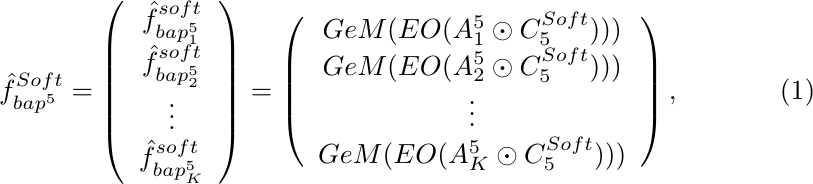
\begin{equation}
\hat{{f}}^{Soft}_{{bap}^{5}}
=
    \left(
        \begin{array}{c}
            {\hat{f}^{soft}_{{bap}^5_1}} \\
            {\hat{f}^{soft}_{{bap}^5_2}} \\
            \vdots \\
            {\hat{f}^{soft}_{{bap}^5_K}}
        \end{array}
    \right)
=
    \left(
        \begin{array}{c}
            GeM(EO({{A}_{1}^{5}} \odot {C^{Soft}_5}))) \\
            GeM(EO({{A}_{2}^{5}} \odot {C^{Soft}_5}))) \\
            \vdots \\
            GeM(EO({{A}_{K}^{5}} \odot {C^{Soft}_5})))
        \end{array}
    \right),
\label{BAP}
\end{equation}